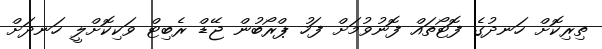
ތިރިކޮށް ހަނދުގެ ފޮޓޯތައް ފޮނުވުމަށް ފަހު ޕްރޯބުން ޖޭޑް ރެބިޓް ވަކިކޮށްލީ ހަނދަށް